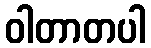
ဝါတာတပါ